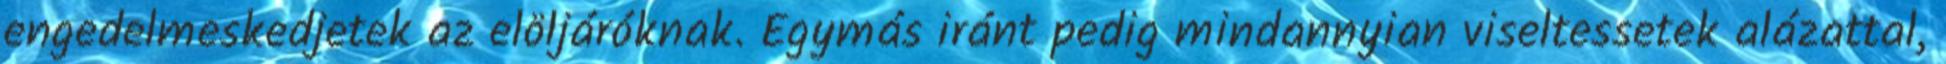
engedelmeskedjetek az elöljáróknak. Egymás iránt pedig mindannyian viseltessetek alázattal,